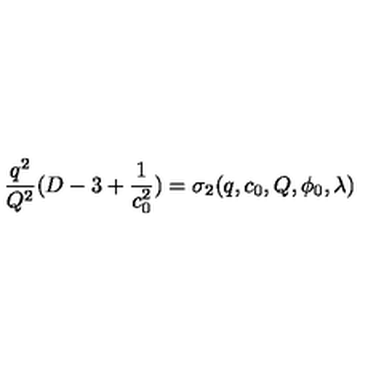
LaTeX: { \frac { q ^ { 2 } } { Q ^ { 2 } } } ( D - 3 + { \frac { 1 } { c _ { 0 } ^ { 2 } } } ) = \sigma _ { 2 } ( q , c _ { 0 } , Q , \phi _ { 0 } , \lambda )